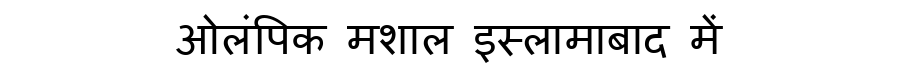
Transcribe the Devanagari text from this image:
ओलंपिक मशाल इस्लामाबाद में